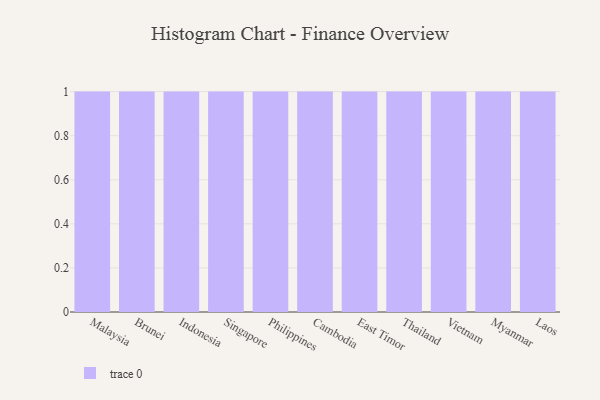
{"axis": {"x": "Country", "y": "Energy Usage (MWh)"}, "legend": [""], "data": [{"x": "Malaysia", "y": 35, "type": ""}, {"x": "Brunei", "y": 11, "type": ""}, {"x": "Indonesia", "y": 88, "type": ""}, {"x": "Singapore", "y": 36, "type": ""}, {"x": "Philippines", "y": 50, "type": ""}, {"x": "Cambodia", "y": 38, "type": ""}, {"x": "East Timor", "y": 19, "type": ""}, {"x": "Thailand", "y": 10, "type": ""}, {"x": "Vietnam", "y": 50, "type": ""}, {"x": "Myanmar", "y": 88, "type": ""}, {"x": "Laos", "y": 42, "type": ""}]}